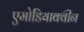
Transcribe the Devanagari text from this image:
एमोडियाक्वीन